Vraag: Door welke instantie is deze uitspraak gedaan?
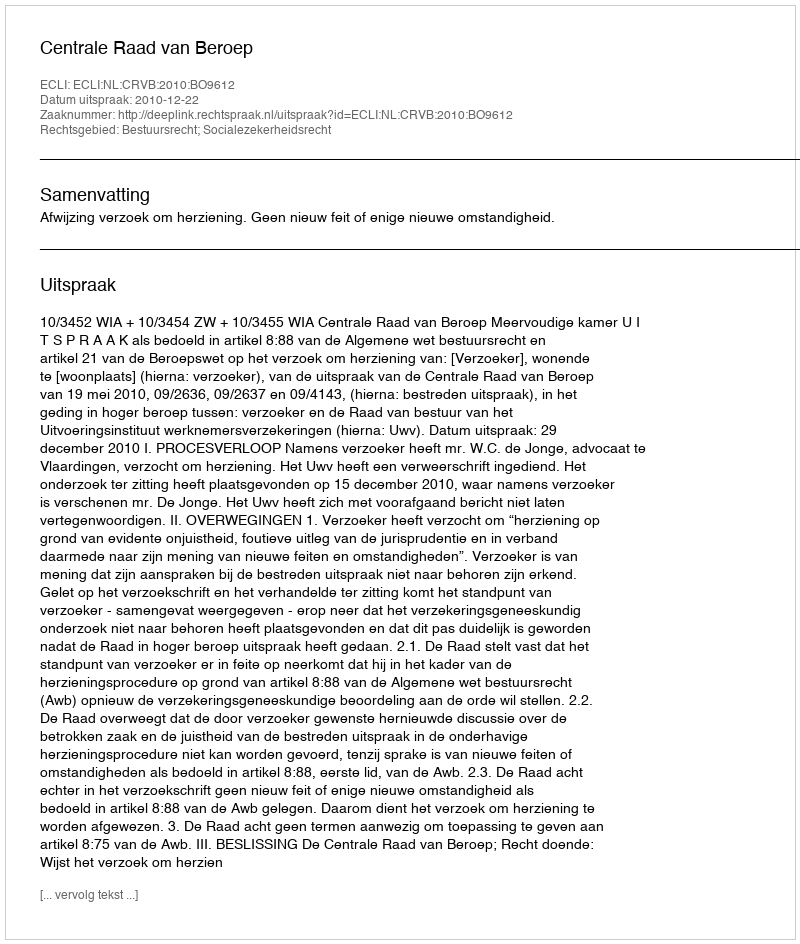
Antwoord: Centrale Raad van Beroep